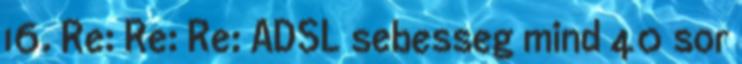
16. Re: Re: Re: ADSL sebesseg mind 40 sor